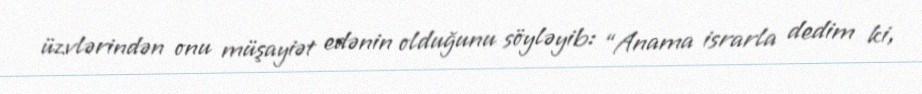
üzvlərindən onu müşayiət edənin olduğunu söyləyib: “Anama israrla dedim ki,